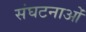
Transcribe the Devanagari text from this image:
संघटनाओं